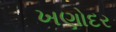
ખણોદર